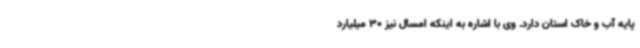
پایه آب و خاک استان دارد. وی با اشاره به اینکه امسال نیز 30 میلیارد